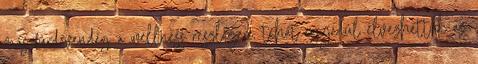
más fürdővendég a wellness részlegen, tehát egyedül élvezhettük az